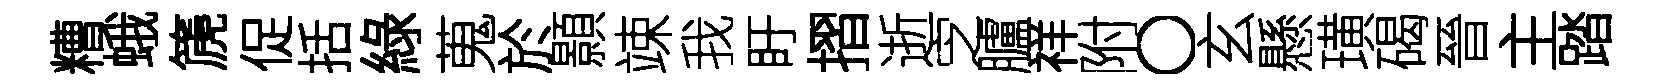
糟蛾篪促括綠蒐於顥竦我盱摺逝㝎臚祥附〇玄懸璜碣晉主踏